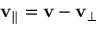
\mathbf { v } _ { \parallel } = \mathbf { v } - \mathbf { v } _ { \perp }